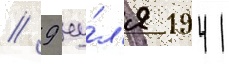
// 9 иу́л'я 1941